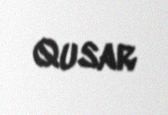
Qusar